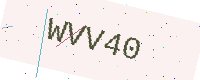
Text: WVV40